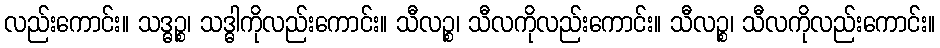
လည်းကောင်း။ သဒ္ဓဉ္စ၊ သဒ္ဓါကိုလည်းကောင်း။ သီလဉ္စ၊ သီလကိုလည်းကောင်း။ သီလဉ္စ၊ သီလကိုလည်းကောင်း။